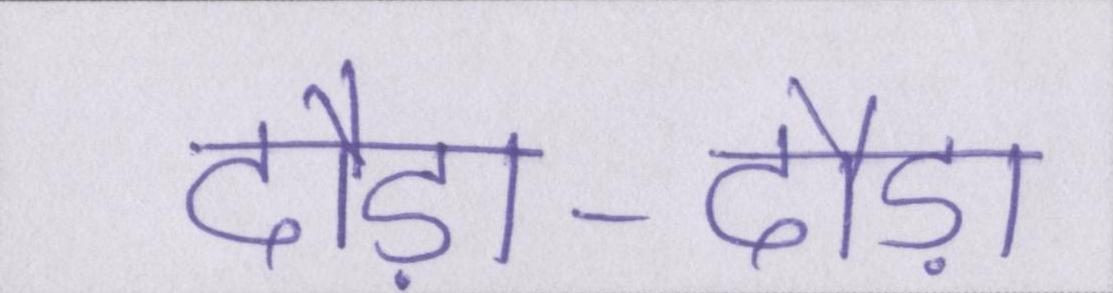
दौड़ा-दौड़ा